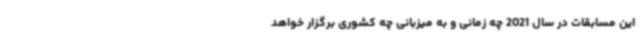
این مسابقات در سال 2021 چه زمانی و به میزبانی چه کشوری برگزار خواهد